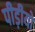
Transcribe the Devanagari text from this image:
पीड़ीयो